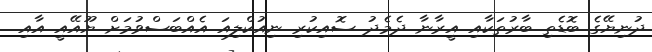
ދުނިޔޭގެ ބޮޑެތި ބާރުތަކާއި އީރާނާ ދެމެދު ސޮއިކުރި ނިއުކްލިއަ އެއްބަސްވުމަށް ޔޫއޭއީ އާއި